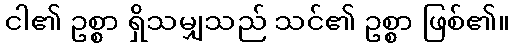
ငါ၏ ဥစ္စာ ရှိသမျှသည် သင်၏ ဥစ္စာ ဖြစ်၏။